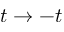
t \rightarrow - t